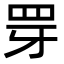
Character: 䍓